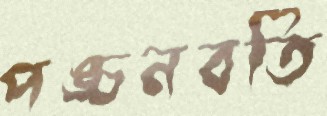
পঙ্চনবতি